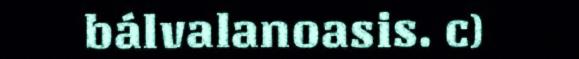
bálvalanoasis. c)